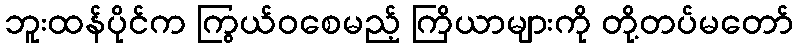
ဘူးထန်ပိုင်က ကြွယ်ဝစေမည့် ကြိယာများကို တို့တပ်မတော်